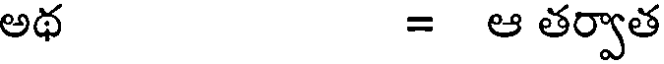
అథ = ఆ తర్వాత